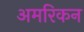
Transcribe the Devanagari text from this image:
अमरिकन